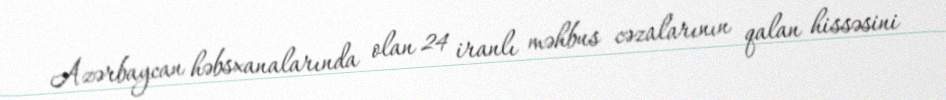
Azərbaycan həbsxanalarında olan 24 iranlı məhbus cəzalarının qalan hissəsini